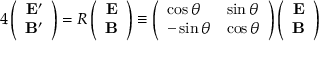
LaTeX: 4 \left( \begin{array} { c } { { { \bf E } ^ { \prime } } } \\ { { { \bf B } ^ { \prime } } } \end{array} \right) = R \left( \begin{array} { c } { { { \bf E } } } \\ { { { \bf B } } } \end{array} \right) \equiv \left( \begin{array} { l l } { { \cos \theta } } & { { \sin \theta } } \\ { { - \sin \theta } } & { { \cos \theta } } \end{array} \right) \left( \begin{array} { c } { { { \bf E } } } \\ { { { \bf B } } } \end{array} \right)